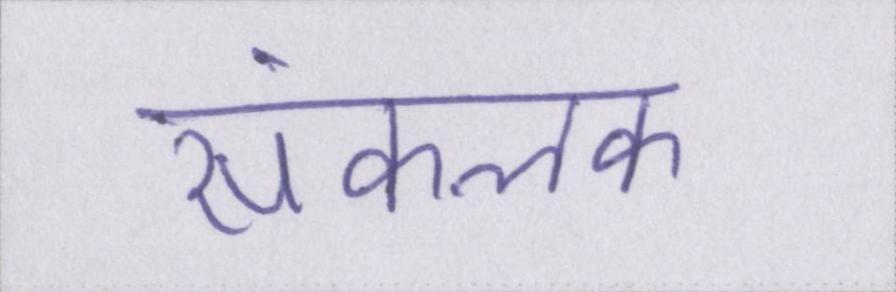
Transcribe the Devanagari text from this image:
संकलक